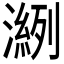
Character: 𰝎